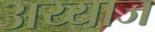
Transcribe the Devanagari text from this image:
अय्याज